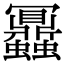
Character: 𧖅